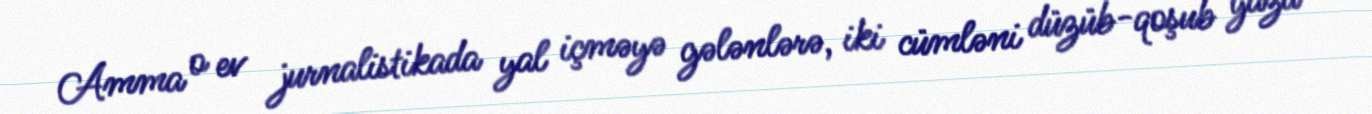
Amma o ev jurnalistikada yal içməyə gələnlərə, iki cümləni düzüb-qoşub yaza